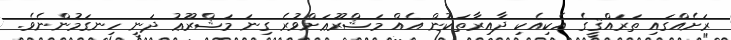
ރަށެއްގައި ތަރައްޤީގެ އެކިއެކި ދާއިރާތަކުން އެއް މަޝްރޫޢަށްވުރެ ގިނަ މަޝްރޫޢު ދަނީ ހިނގަމުންނެވެ.